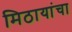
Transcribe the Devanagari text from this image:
मिठायांचा